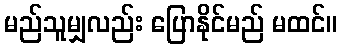
မည်သူမျှလည်း ပြောနိုင်မည် မထင်။